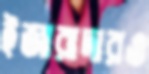
ইজারাদারও